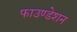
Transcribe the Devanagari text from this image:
फाउण्‍डेशन